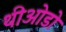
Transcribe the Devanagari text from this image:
थीओडो